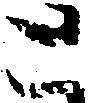
と